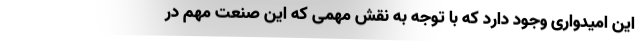
این امیدواری وجود دارد که با توجه به نقش مهمی که این صنعت مهم در